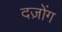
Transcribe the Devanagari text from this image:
दज़ोंग